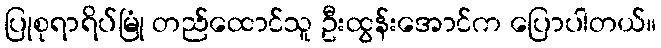
ပြုစုရာရိပ်မြုံ တည်ထောင်သူ ဦးထွန်းအောင်က ပြောပါတယ်။